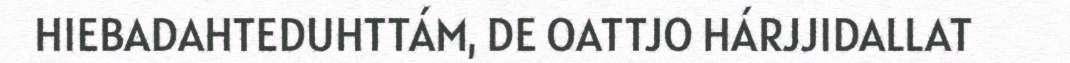
HIEBADAHTEDUHTTÁM, DE OATTJO HÁRJJIDALLAT